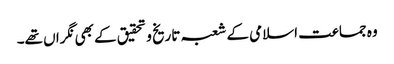
وہ جماعت اسلامی کے شعبہ تاریخ و تحقیق کے بھی نگراں تھے۔